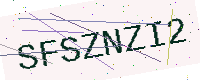
Text: SFSZNZI2